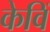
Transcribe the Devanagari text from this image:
केविं